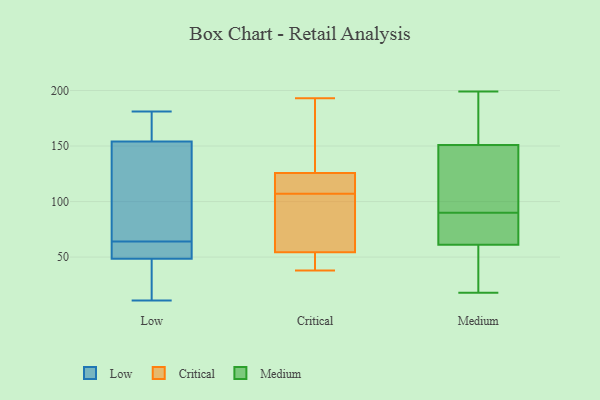
{"axis": {"x": "Bounce Rate (%)", "y": "Value"}, "legend": ["Critical", "Low", "Medium"], "data": [{"x": "", "y": 157, "type": "Low"}, {"x": "", "y": 120, "type": "Low"}, {"x": "", "y": 181, "type": "Low"}, {"x": "", "y": 12, "type": "Low"}, {"x": "", "y": 62, "type": "Low"}, {"x": "", "y": 158, "type": "Low"}, {"x": "", "y": 66, "type": "Low"}, {"x": "", "y": 53, "type": "Low"}, {"x": "", "y": 44, "type": "Low"}, {"x": "", "y": 151, "type": "Low"}, {"x": "", "y": 11, "type": "Low"}, {"x": "", "y": 54, "type": "Low"}, {"x": "", "y": 120, "type": "Critical"}, {"x": "", "y": 83, "type": "Critical"}, {"x": "", "y": 107, "type": "Critical"}, {"x": "", "y": 57, "type": "Critical"}, {"x": "", "y": 43, "type": "Critical"}, {"x": "", "y": 137, "type": "Critical"}, {"x": "", "y": 122, "type": "Critical"}, {"x": "", "y": 56, "type": "Critical"}, {"x": "", "y": 180, "type": "Critical"}, {"x": "", "y": 49, "type": "Critical"}, {"x": "", "y": 38, "type": "Critical"}, {"x": "", "y": 110, "type": "Critical"}, {"x": "", "y": 193, "type": "Critical"}, {"x": "", "y": 174, "type": "Medium"}, {"x": "", "y": 81, "type": "Medium"}, {"x": "", "y": 66, "type": "Medium"}, {"x": "", "y": 140, "type": "Medium"}, {"x": "", "y": 68, "type": "Medium"}, {"x": "", "y": 56, "type": "Medium"}, {"x": "", "y": 18, "type": "Medium"}, {"x": "", "y": 23, "type": "Medium"}, {"x": "", "y": 161, "type": "Medium"}, {"x": "", "y": 84, "type": "Medium"}, {"x": "", "y": 141, "type": "Medium"}, {"x": "", "y": 199, "type": "Medium"}, {"x": "", "y": 168, "type": "Medium"}, {"x": "", "y": 25, "type": "Medium"}, {"x": "", "y": 26, "type": "Medium"}, {"x": "", "y": 183, "type": "Medium"}, {"x": "", "y": 80, "type": "Medium"}, {"x": "", "y": 133, "type": "Medium"}, {"x": "", "y": 96, "type": "Medium"}, {"x": "", "y": 97, "type": "Medium"}]}